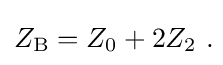
Z_{\mathrm {B} }=Z_{0}+2Z_{2}\ .\!